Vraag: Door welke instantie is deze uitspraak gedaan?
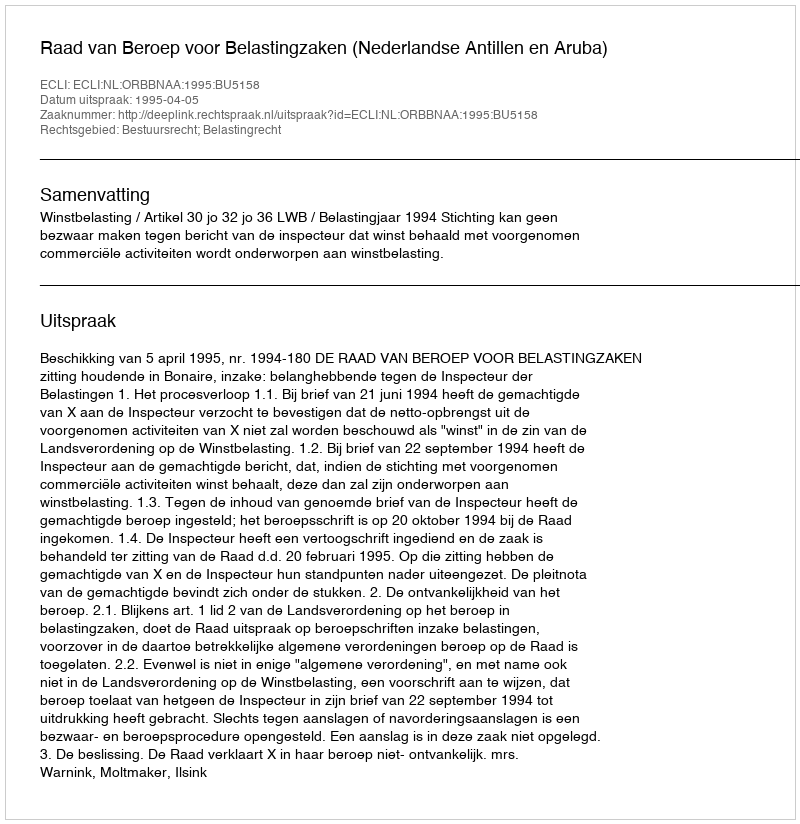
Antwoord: Raad van Beroep voor Belastingzaken (Nederlandse Antillen en Aruba)